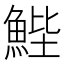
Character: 𮫺